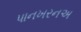
પાનખરનઅ